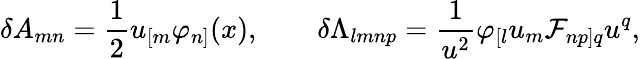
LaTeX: \delta A_{mn}={\frac{1}{2}}u_{[m}\varphi_{n]}(x),\qquad\delta\Lambda_{lmnp}={\frac{1}{u^{2}}}\varphi_{[l}u_{m}{\cal F}_{np]q}u^{q},